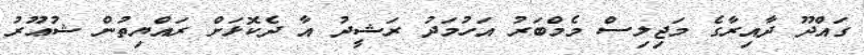
ގައްދޫ ދާއިރާގެ މަޖިލިސް މެމްބަރު އަހުމަދު ރަޝީދު އާ ދެކޮޅަށް ރައްޔިތުން ޝުޢޫރު